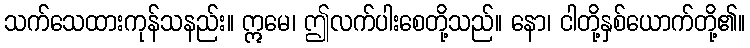
သက်သေထားကုန်သနည်း။ ဣမေ၊ ဤလက်ပါးစေတို့သည်။ နော၊ ငါတို့နှစ်ယောက်တို့၏။